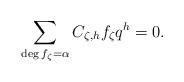
LaTeX: \begin{align*}& \sum_{\substack{\deg f_\zeta = \alpha }} C_{\zeta, h} f_\zeta q^{h} = 0.\end{align*}